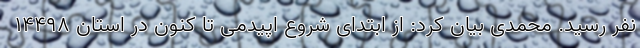
نفر رسید. محمدی بیان کرد: از ابتدای شروع اپیدمی تا کنون در استان ۱۴۴۹۸